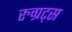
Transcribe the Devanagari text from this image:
रुग्रट्स